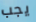
يجب